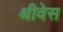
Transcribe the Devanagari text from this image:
श्रीवेस